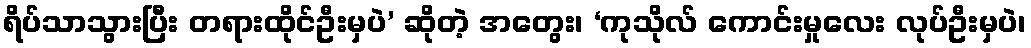
ရိပ်သာသွားပြီး တရားထိုင်ဦးမှပဲ’ ဆိုတဲ့ အတွေး၊ ‘ကုသိုလ် ကောင်းမှုလေး လုပ်ဦးမှပဲ၊